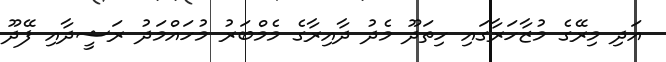
އަދި މިރޭގެ މުޒާހަރާގައި ހިތަދޫ މެދު ދާއިރާގެ މެމްބަރު މުހައްމަދު ރަޝީދާއި ފޭދޫ